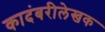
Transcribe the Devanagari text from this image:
कादंबरीलेखक